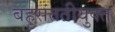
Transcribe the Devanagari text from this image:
बहुसंततीयुक्त